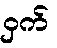
ဝှက်